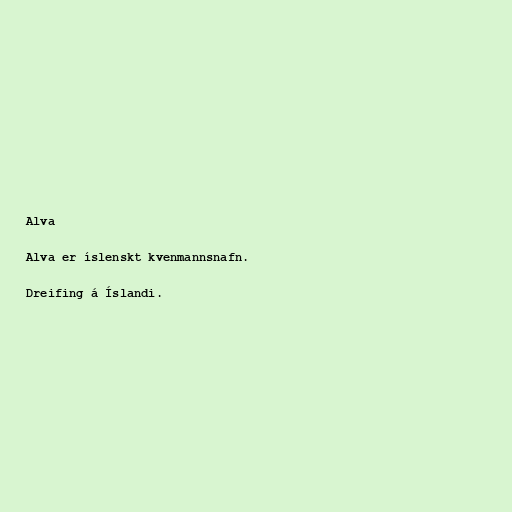
Alva

Alva er íslenskt kvenmannsnafn.

Dreifing á Íslandi.